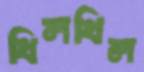
খিলখিল